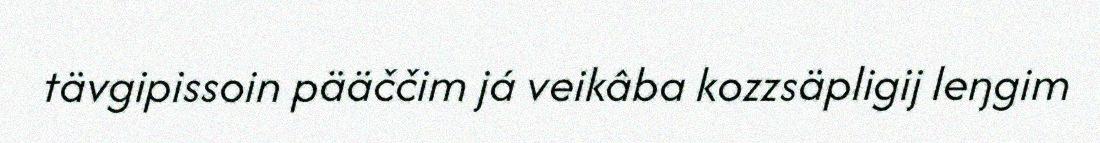
tävgipissoin pääččim já veikâba kozzsäpligij leŋgim